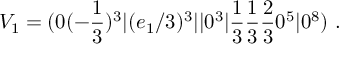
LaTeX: V _ { 1 } = ( 0 ( - { \frac { 1 } { 3 } } ) ^ { 3 } \vert ( e _ { 1 } / 3 ) ^ { 3 } \vert \vert 0 ^ { 3 } \vert { \frac { 1 } { 3 } } { \frac { 1 } { 3 } } { \frac { 2 } { 3 } } 0 ^ { 5 } \vert 0 ^ { 8 } ) ~ .